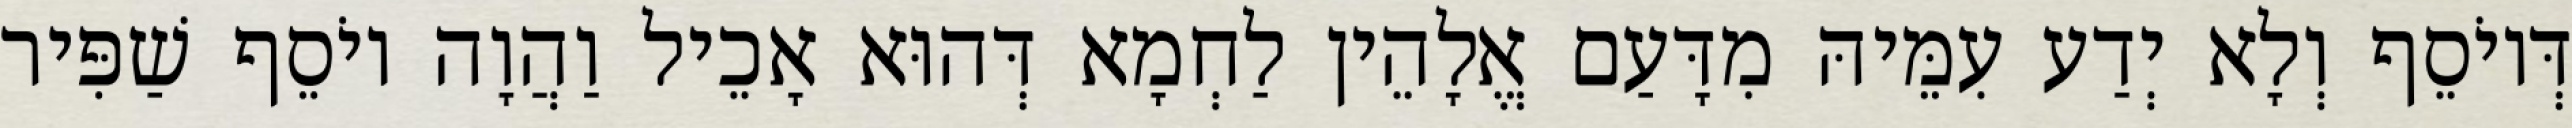
דְּיוֹסֵף וְלָא יְדַע עִמֵּיהּ מִדָּעַם אֱלָהֵין לַחְמָא דְּהוּא אָכֵיל וַהֲוָה יוֹסֵף שַׁפִּיר